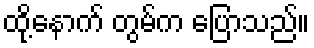
ထို့နောက် တွမ်က ပြောသည်။